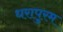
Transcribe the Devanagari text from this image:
धरापुरम